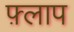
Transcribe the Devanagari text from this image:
फ़्लाप